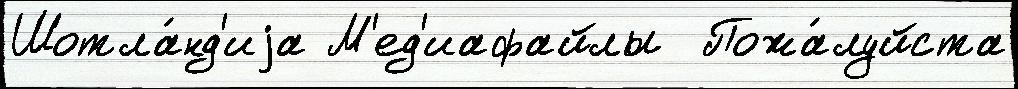
Шотла́нд'иjа М'ед'иафайлы  Пожа́луйста